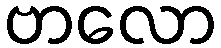
ဗာလော